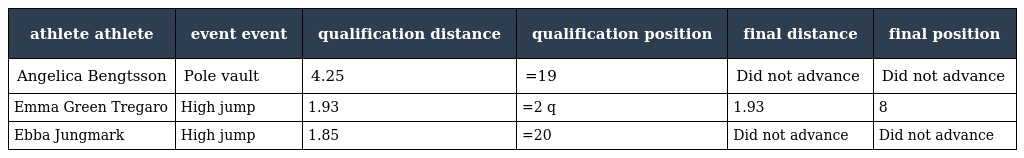
| athlete athlete | event event | qualification distance | qualification position | final distance | final position |
 | --- | --- | --- | --- | --- | --- |
 | Angelica Bengtsson | Pole vault | 4.25 | =19 | Did not advance | Did not advance |
 | Emma Green Tregaro | High jump | 1.93 | =2 q | 1.93 | 8 |
 | Ebba Jungmark | High jump | 1.85 | =20 | Did not advance | Did not advance |